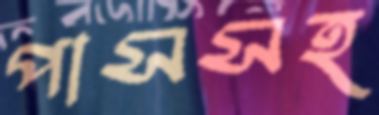
পাসসহ